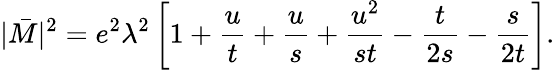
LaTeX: |\bar{M}|^{2}=e^{2}\lambda^{2}\left[1+\frac{u}{t}+\frac{u}{s}+\frac{u^{2}}{st}-\frac{t}{2s}-\frac{s}{2t}\right].